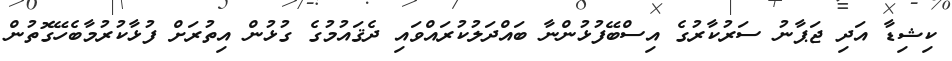
ކިޝިޑާ އަދި ޖަޕާނު ސަރުކާރުގެ އިސްބޭފުޅުންނާ ބައްދަލުކުރައްވައި ދެޤައުމުގެ ގުޅުން އިތުރަށް ފުޅާކުރުމާބެހޭގޮތުން